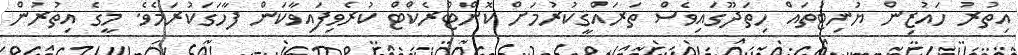
އިތުރު ހައުޒިން ޔުނިޓުތައް ހިތަދޫގައިވެސް ތަރައްޤީކުރުމަށް ކޮންޓްރެކްޓް ކުރެވިފައިވާކަން ފާހަގަކުރަމެވެ. މީގެ އިތުރުން